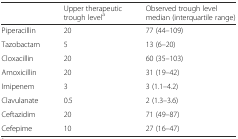
|  | Upper therapeutic trough levela | Observed trough level median (interquartile range) |
 | --- | --- | --- |
 | Piperacillin | 20 | 77 (44–109) |
 | Tazobactam | 5 | 13 (6–20) |
 | Cloxacillin | 20 | 60 (35–103) |
 | Amoxicillin | 20 | 31 (19–42) |
 | Imipenem | 3 | 3 (1.1–4.2) |
 | Clavulanate | 0.5 | 2 (1.3–3.6) |
 | Ceftazidim | 20 | 71 (49–87) |
 | Cefepime | 10 | 27 (16–47) |